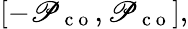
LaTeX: [-\mathscr{P}_{\mathrm{{~c~o~}}},\mathscr{P}_{\mathrm{{~c~o~}}}],